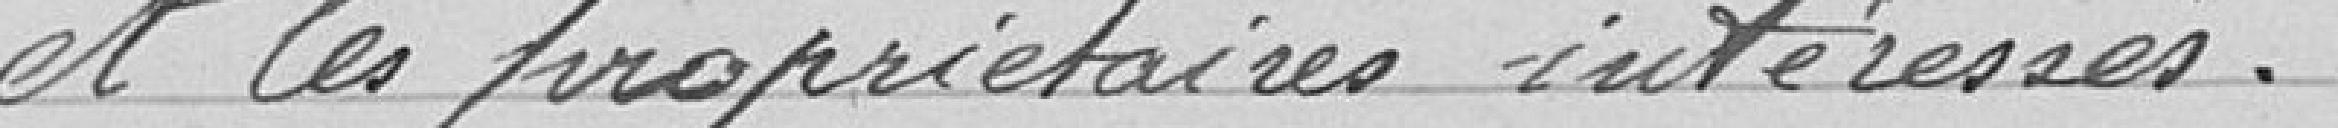
et les propriétaires intéressés.